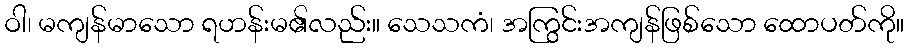
ဝါ၊ မကျန်မာသော ရဟန်းမ၏လည်း။ သေသကံ၊ အကြွင်းအကျန်ဖြစ်သော ထောပတ်ကို။